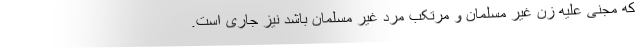
که مجنی علیه زن غیر مسلمان و مرتکب مرد غیر مسلمان باشد نیز جاری است.